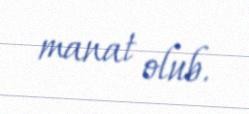
manat olub.